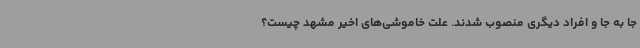
جا به جا و افراد دیگری منصوب شدند. علت خاموشی‌های اخیر مشهد چیست؟